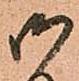
御